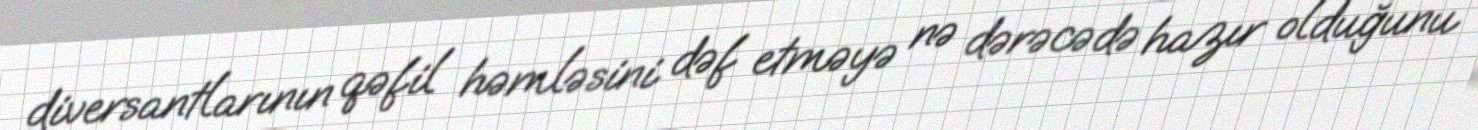
diversantlarının qəfil həmləsini dəf etməyə nə dərəcədə hazır olduğunu